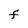
Character: F